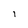
Character: I